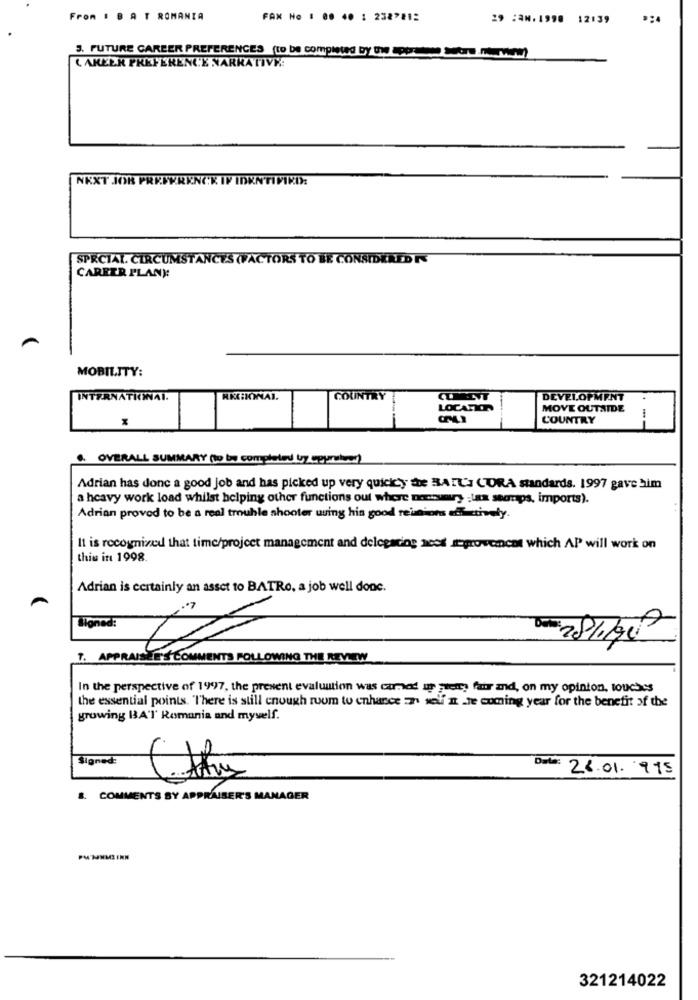
From # B A T ROMANIA
FAX No : 00 40 1 238 ** 1:
29 :AN.1998 12:39
*24
3. FUTURE CAREER PREFERENCES (to be completed by the sports Sobre.merwrm)
( AKEER PREFERENCE NARRATIVE:
NEXT JOK PREFERENCE IF IDENTIFIKD:
SPECIAL CIRCUMSTANCES (FACTORS TO BE CONSIDERED R
CARRER PLANY
MOBILITY:
INTERNATKÍNAI.
RKHIONAI.
COUNTRY
DEVELOPMENT
LOCATION
MOVE OUTSIDE
COUNTRY
. OVERALL SUMMARY (to be completed by spurlos)
Adrian has donc a good job and has picked up very quickcy the BAIL's CORA standards. 1997 gave him
a heavy work load whilst helping other functions out where nocumury tas seomps, imports).
Adrian proved to be a real trouble shooter using his good reissons effectively.
It is recognized that time/project management and delegating acct mgrovement which AP will work on
this in 1998.
Adrian is certainly an asset to BATRo, a job well done.
Signed:
T. APPRAISEE'S COMMENTS FOLLOWING THE REVIEW
In the perspective of 1997, the present evaluation was carmod in pretty fair and, on my opinion, touches
the essential points. There is still enough ruum to enhance :2. self n _Te coming year for the benefit of the
growing BA'l' Romania and myself.
Signed
26.01. 915
8. COMMENTS BY APPRAISER'S MANAGER
321214022